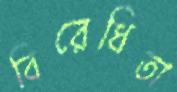
বিরেধিতা